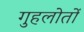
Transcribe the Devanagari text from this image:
गुहलोतों